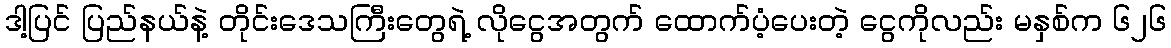
ဒါ့ပြင် ပြည်နယ်နဲ့ တိုင်းဒေသကြီးတွေရဲ့ လိုငွေအတွက် ထောက်ပံ့ပေးတဲ့ ငွေကိုလည်း မနှစ်က ၆၂၆